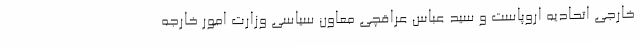
خارجی اتحادیه اروپاست و سید عباس عراقچی معاون سیاسی وزارت امور خارجه